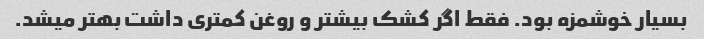
بسیار خوشمزه بود. فقط اگر کشک بیشتر و روغن کمتری داشت بهتر میشد.